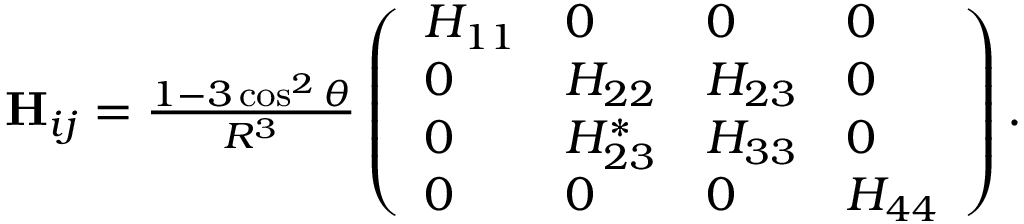
\begin{array} { r } { \mathbf { H } _ { i j } = \frac { 1 - 3 \cos ^ { 2 } \theta } { R ^ { 3 } } \left( \begin{array} { l l l l } { H _ { 1 1 } } & { 0 } & { 0 } & { 0 } \\ { 0 } & { H _ { 2 2 } } & { H _ { 2 3 } } & { 0 } \\ { 0 } & { H _ { 2 3 } ^ { * } } & { H _ { 3 3 } } & { 0 } \\ { 0 } & { 0 } & { 0 } & { H _ { 4 4 } } \end{array} \right) . } \end{array}